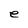
Character: e